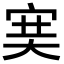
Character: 𡨏